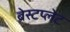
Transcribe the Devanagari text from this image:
ब्रेस्टप्लेट